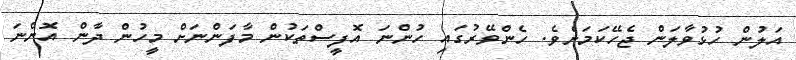
އަލުން ހުޅުވާލަން ޖެހޭކަމަށެވެ. ހެންވޭރުގައި ހުންނަ އޮފީސްތަކުން މާފަންނަށް މީހުން ދާން އޮންނަ